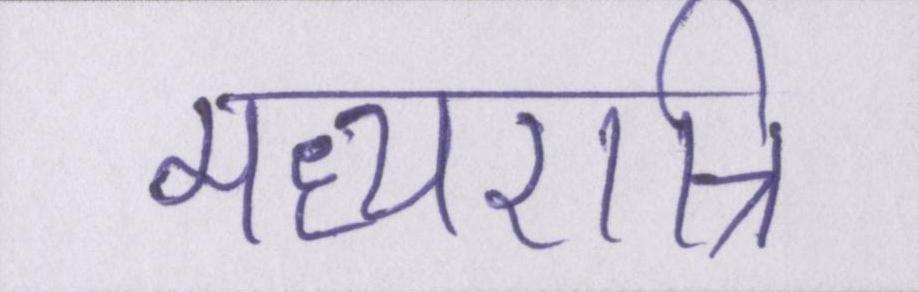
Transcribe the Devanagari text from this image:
मध्यरात्रि